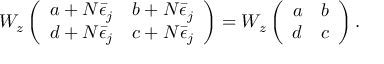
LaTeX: W _ { z } \left( \begin{array} { c c } { { a + N \bar { \epsilon } _ { j } } } & { { b + N \bar { \epsilon } _ { j } } } \\ { { d + N \bar { \epsilon } _ { j } } } & { { c + N \bar { \epsilon } _ { j } } } \end{array} \right) = W _ { z } \left( \begin{array} { c c } { { a } } & { { b } } \\ { { d } } & { { c } } \end{array} \right) .